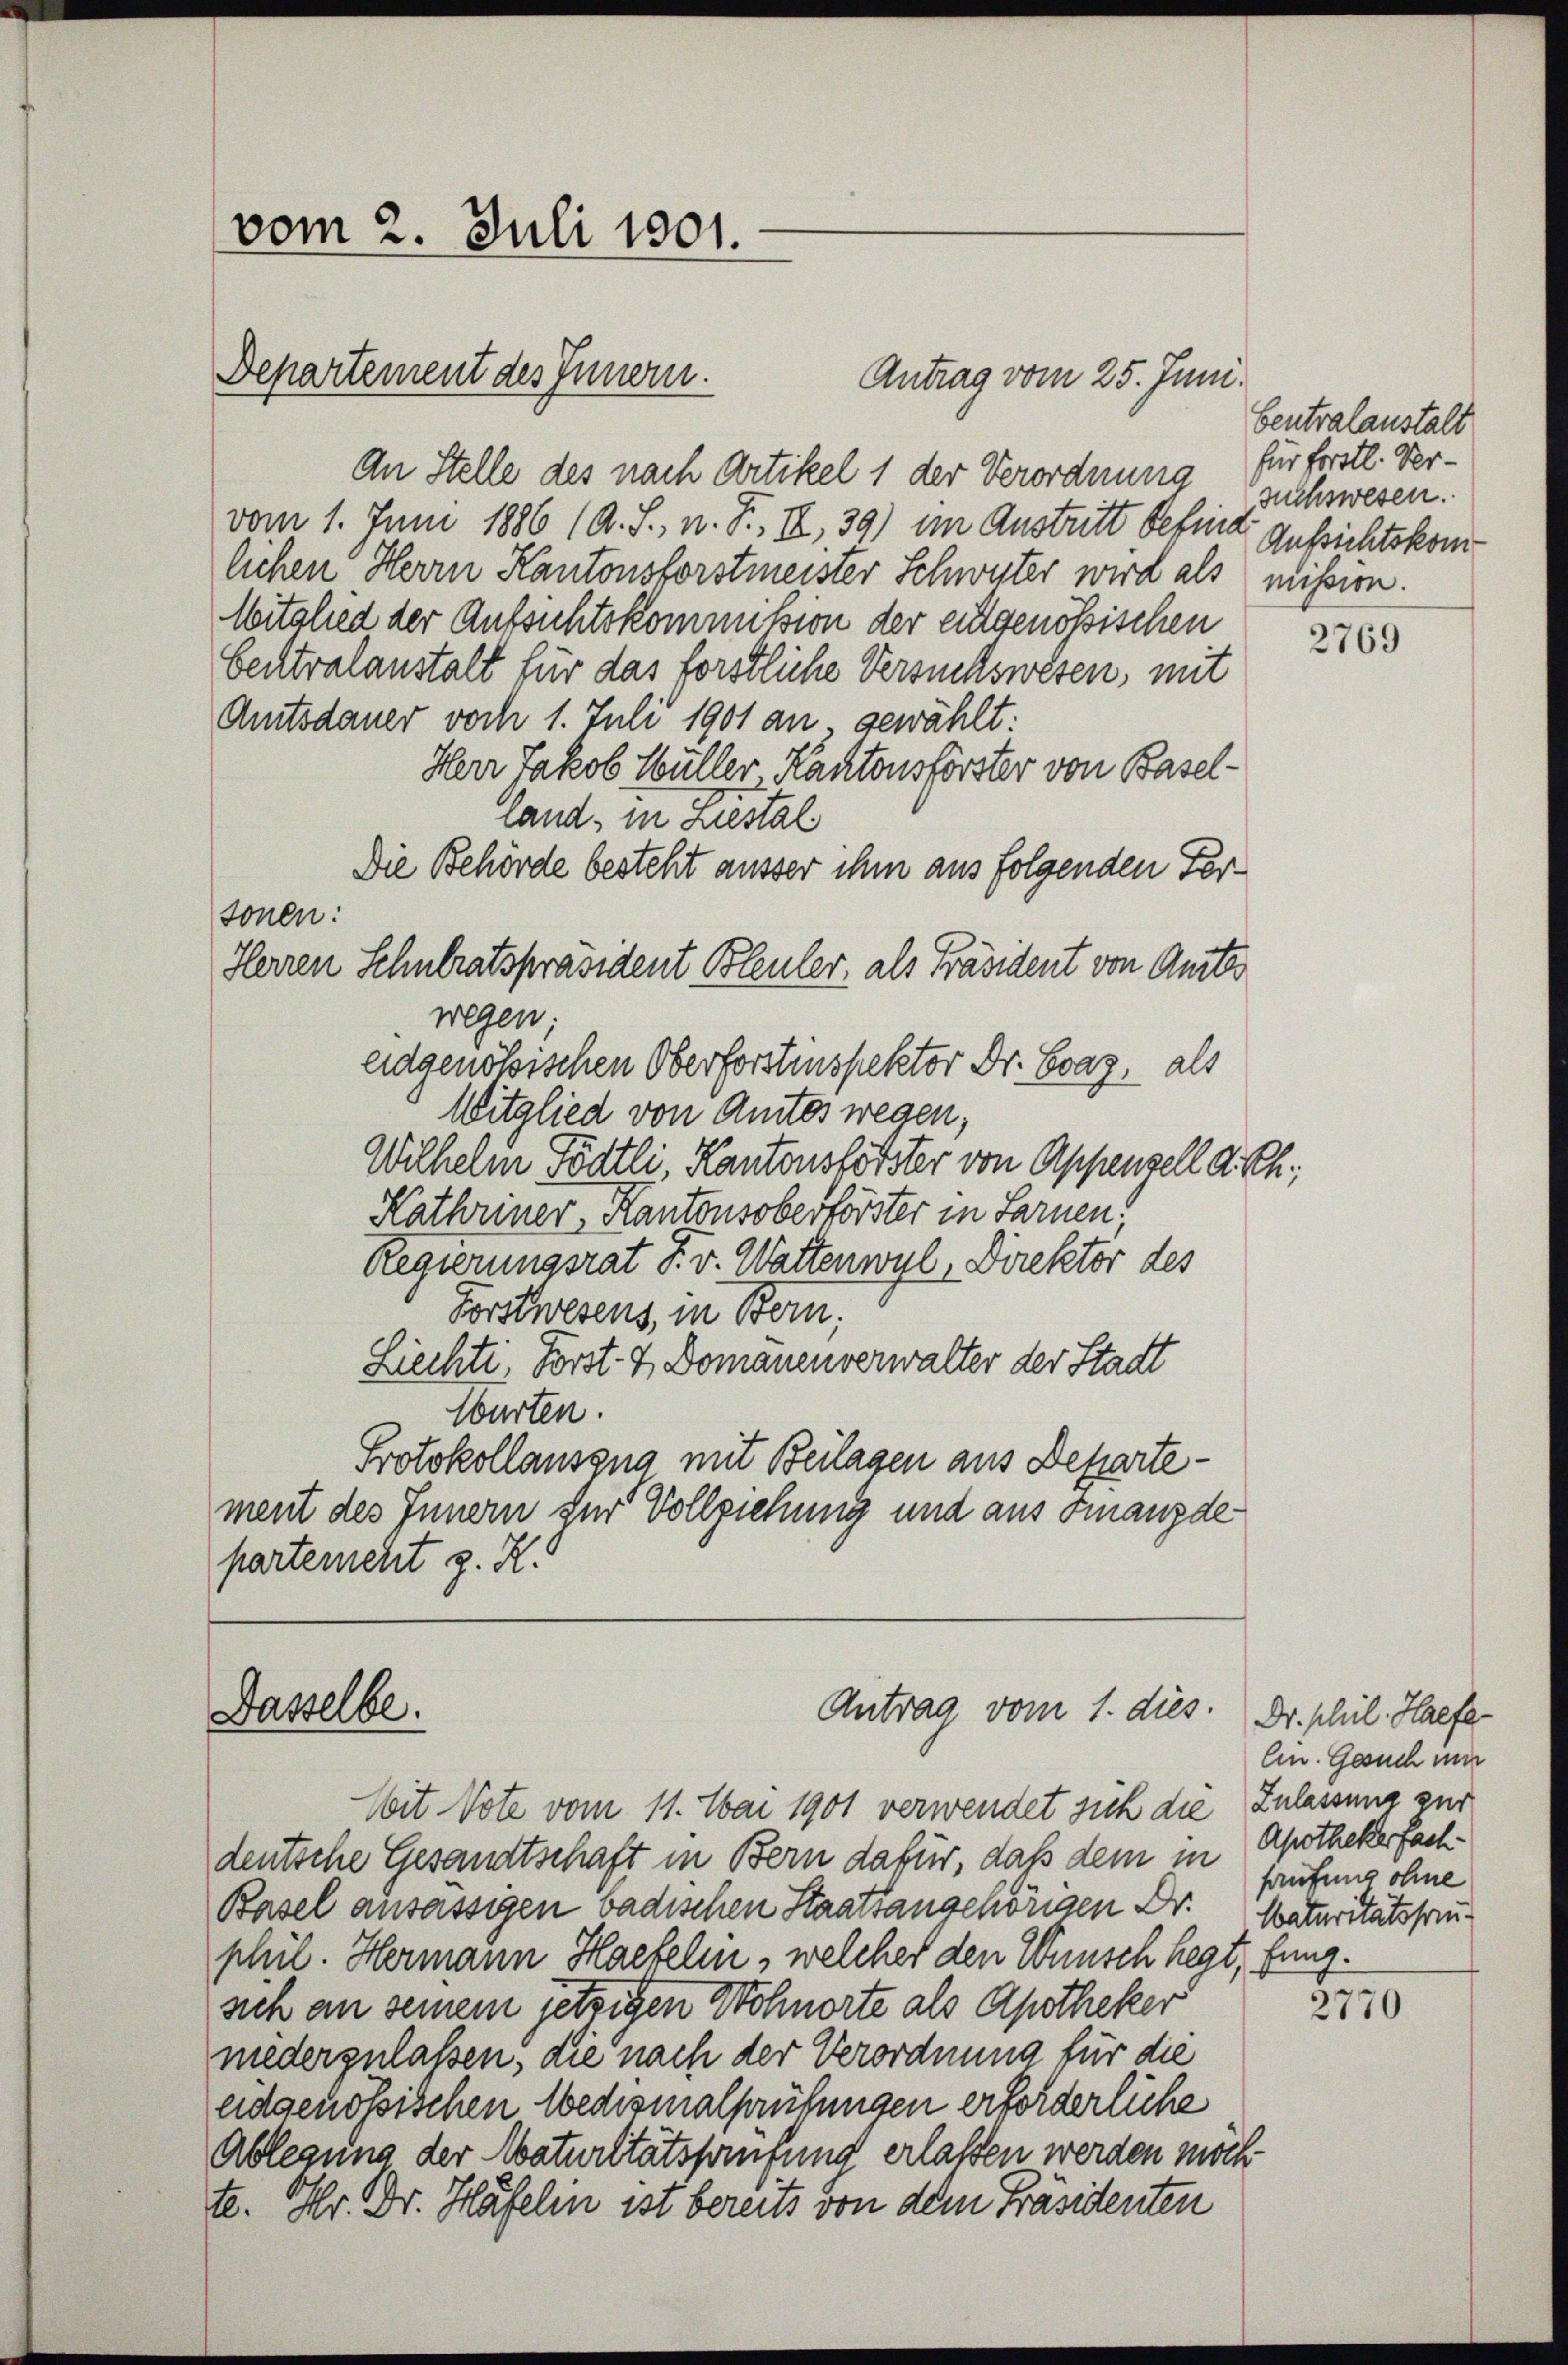
vom 1. Juni 1886 (A. S., n. F. II, 39) im Austritt befinde Aussichtskomlichen Herrn Kantonsforstmeister Schwuter wird als mission.
Witglied der Aufsichtskommission der eingenössischen
bentralanstalt für das förstliche Versuchswesen, mit
Amtsdauer doch 1. Juli 1901 an, gewählt.
Herr Jakob Hüller, Kantonsförster von Baselland, in Liestal
Die Behörde besteht ausser ihm aus folgenden Fersonen:
Herren Schulratspräsident Bleuler, als Präsident von Amts
wegen;
eidgenössischen Oberforstenspektor Dr. Graz, als
Witglied von Amtes wegen;
Wilhelm Födtli, Kantonsforster von Appenzell d. Sch.
Kathriner, Kantonsoberförster in Sarnen;
Regierungsrat J. v. Wattenwyl, Direktor des
Forstwesens, in Bern;
Liechte, Forst- & Domänenverwalter der Stadt
Warten.
Protokollauszug mit Beilagen aus Departement des Innern zur Vollziehung und aus Finanzde
partement z. K.

vom 2. Juli 1801.

Departement des Innern.

Antrag vom 25. Juni.
An Stelle des nach Artikel 1 der Verordnung für forstl. Ver¬

Antrag vom 1. dies
Dasselbe.

bentralanstalt
suchswesen.

deutsche Gesandtschaft in Bern dafür, daß dem in
Basel ansässigen badischen Staatsangehörigen Dr. Naturitätshauphil. Hermann Hackelin, welcher den Wünsch hegt, fung.
sich an seinem jetzigen Wohnorte als Apotheker
niederzulaßen, die nach der Verordnung für die
eidgenössischen Wedesmalhaufungen erforderliche
Ablegung der Maturitätsstufung erlassen werden möchte. Hr. Dr. Häfeli ist bereits von dem Präsidenten

Mit Vote vom 11. Mai 1901 verwendet sich die Zulassung zur

2769

Dr. phil. Haefe
En. Gesuch mi
Apotheker fach.
hufung ohne

2770